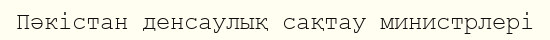
Пәкістан денсаулық сақтау министрлері